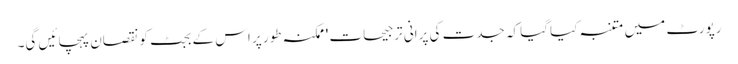
رپورٹ میں متنبہ کیا گیا کہ جدت کی پرانی ترجیحات 'ممکنہ طور پر اس کے بجٹ کو نقصان پہچائیں گی۔